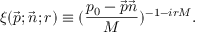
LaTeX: \xi ( \vec { p } ; \vec { n } ; r ) \equiv ( \frac { p _ { 0 } - \vec { p } \vec { n } } { M } ) ^ { - 1 - i r M } .